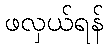
ဖလှယ်ရန်